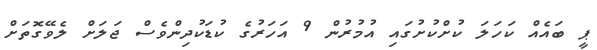
ޕީ ބައެއް ކަހަލަ ކުށްކުށުގައި އުމުރުން 9 އަހަރުގެ ކުޑަކުދިންވެސް ޖަލަށް ލެވޭގޮތަށް